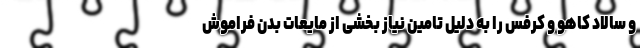
و سالاد کاهو و کرفس را به دلیل تامین نیاز بخشی از مایعات بدن فراموش